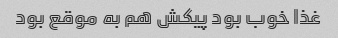
غذا خوب بود پیکش هم به موقع بود